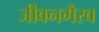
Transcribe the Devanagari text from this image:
जीवनगैरव